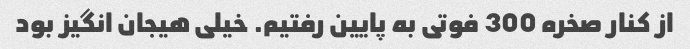
از کنار صخره 300 فوتی به پایین رفتیم. خیلی هیجان انگیز بود